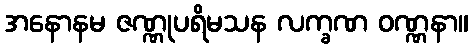
အနောနမ ဇဏ္ဏုပရိမသန လက္ခဏ ဝဏ္ဏနာ။